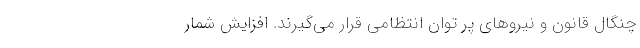
چنگال قانون و نیروهای پر توان انتظامی قرار می‌گیرند. افزایش شمار